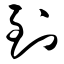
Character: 到